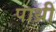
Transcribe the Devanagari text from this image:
पाथ्री